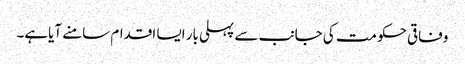
وفاقی حکومت کی جانب سے پہلی بار ایسا اقدام سامنے آیاہے۔